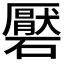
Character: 𮁑